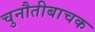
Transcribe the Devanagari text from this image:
चुनौतीबाचक